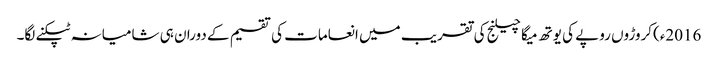
2016ء)کروڑوں روپے کی یوتھ میگا چیلنج کی تقریب میں انعامات کی تقسیم کے دوران ہی شامیانہ ٹپکنے لگا۔